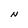
Character: N